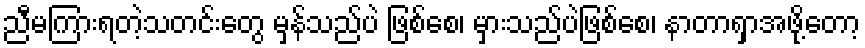
ညီမကြားရတဲ့သတင်းတွေ မှန်သည်ပဲ ဖြစ်စေ၊ မှားသည်ပဲဖြစ်စေ၊ နာတာရှာအဖို့တော့